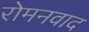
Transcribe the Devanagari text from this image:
रोमनवाद